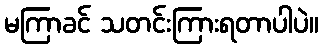
မကြာခင် သတင်းကြားရတာပါပဲ။